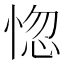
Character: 惚